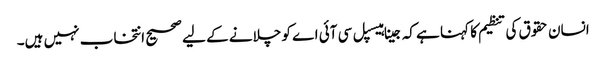
انسان حقوق کی تنظیم کا کہنا ہے کہ جینا ہیسپل سی آئی اے کو چلانے کے لیے صحیح انتخاب نہیں ہیں۔